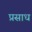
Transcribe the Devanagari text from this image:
प्रसाध